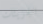
الجزيئات